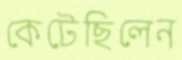
কেটেছিলেন